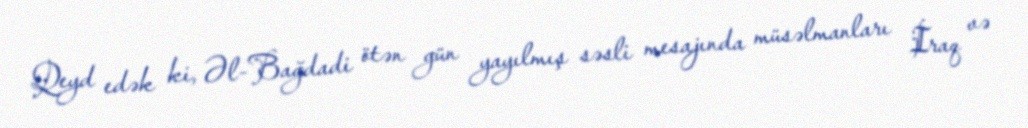
Qeyd edək ki, Əl-Bağdadi ötən gün yayılmış səsli mesajında müsəlmanları İraq və